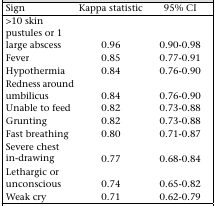
<table><thead><tr><td><b>Sign</b></td><td><b>Kappa statistic</b></td><td><b>95% CI</b></td></tr></thead><tbody><tr><td>&gt;10 skin pustules or 1 large abscess</td><td>0.96</td><td>0.90-0.98</td></tr><tr><td>Fever</td><td>0.85</td><td>0.77-0.91</td></tr><tr><td>Hypothermia</td><td>0.84</td><td>0.76-0.90</td></tr><tr><td>Redness around umbilicus</td><td>0.84</td><td>0.76-0.90</td></tr><tr><td>Unable to feed</td><td>0.82</td><td>0.73-0.88</td></tr><tr><td>Grunting</td><td>0.82</td><td>0.73-0.88</td></tr><tr><td>Fast breathing</td><td>0.80</td><td>0.71-0.87</td></tr><tr><td>Severe chest in-drawing</td><td>0.77</td><td>0.68-0.84</td></tr><tr><td>Lethargic or unconscious</td><td>0.74</td><td>0.65-0.82</td></tr><tr><td>Weak cry</td><td>0.71</td><td>0.62-0.79</td></tr></tbody></table>